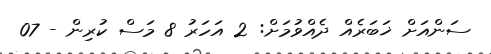
ސަންއަށް ޚަބަރެއް ދެއްވުމަށް: 2 އަހަރު 8 މަސް ކުރިން - 07